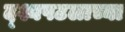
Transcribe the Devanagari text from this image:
द्श्यपटलाच्या